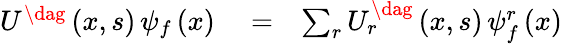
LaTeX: \begin{array}{rlr}{U^{\dag}\left(x,s\right)\, \psi_{f}\left(x\right)}&{{}=}&{\sum_{r}U_{r}^{\dag}\left(x,s\right)\, \psi_{f}^{r}\left(x\right)}\end{array}